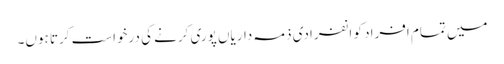
میں تمام افراد کو انفرادی ذمہ داریاں پوری کرنے کی درخواست کرتا ہوں۔